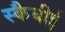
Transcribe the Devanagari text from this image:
स्कैबीई